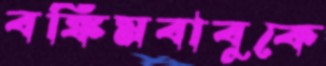
বঙ্কিমবাবুকে